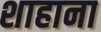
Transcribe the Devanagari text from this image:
शाहाना